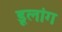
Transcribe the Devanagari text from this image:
डूलांग